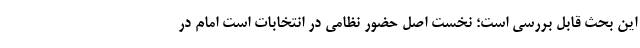
این بحث قابل بررسی است؛ نخست اصل حضور نظامی در انتخابات است امام در